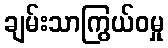
ချမ်းသာကြွယ်ဝမှု